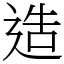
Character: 造